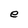
Character: e